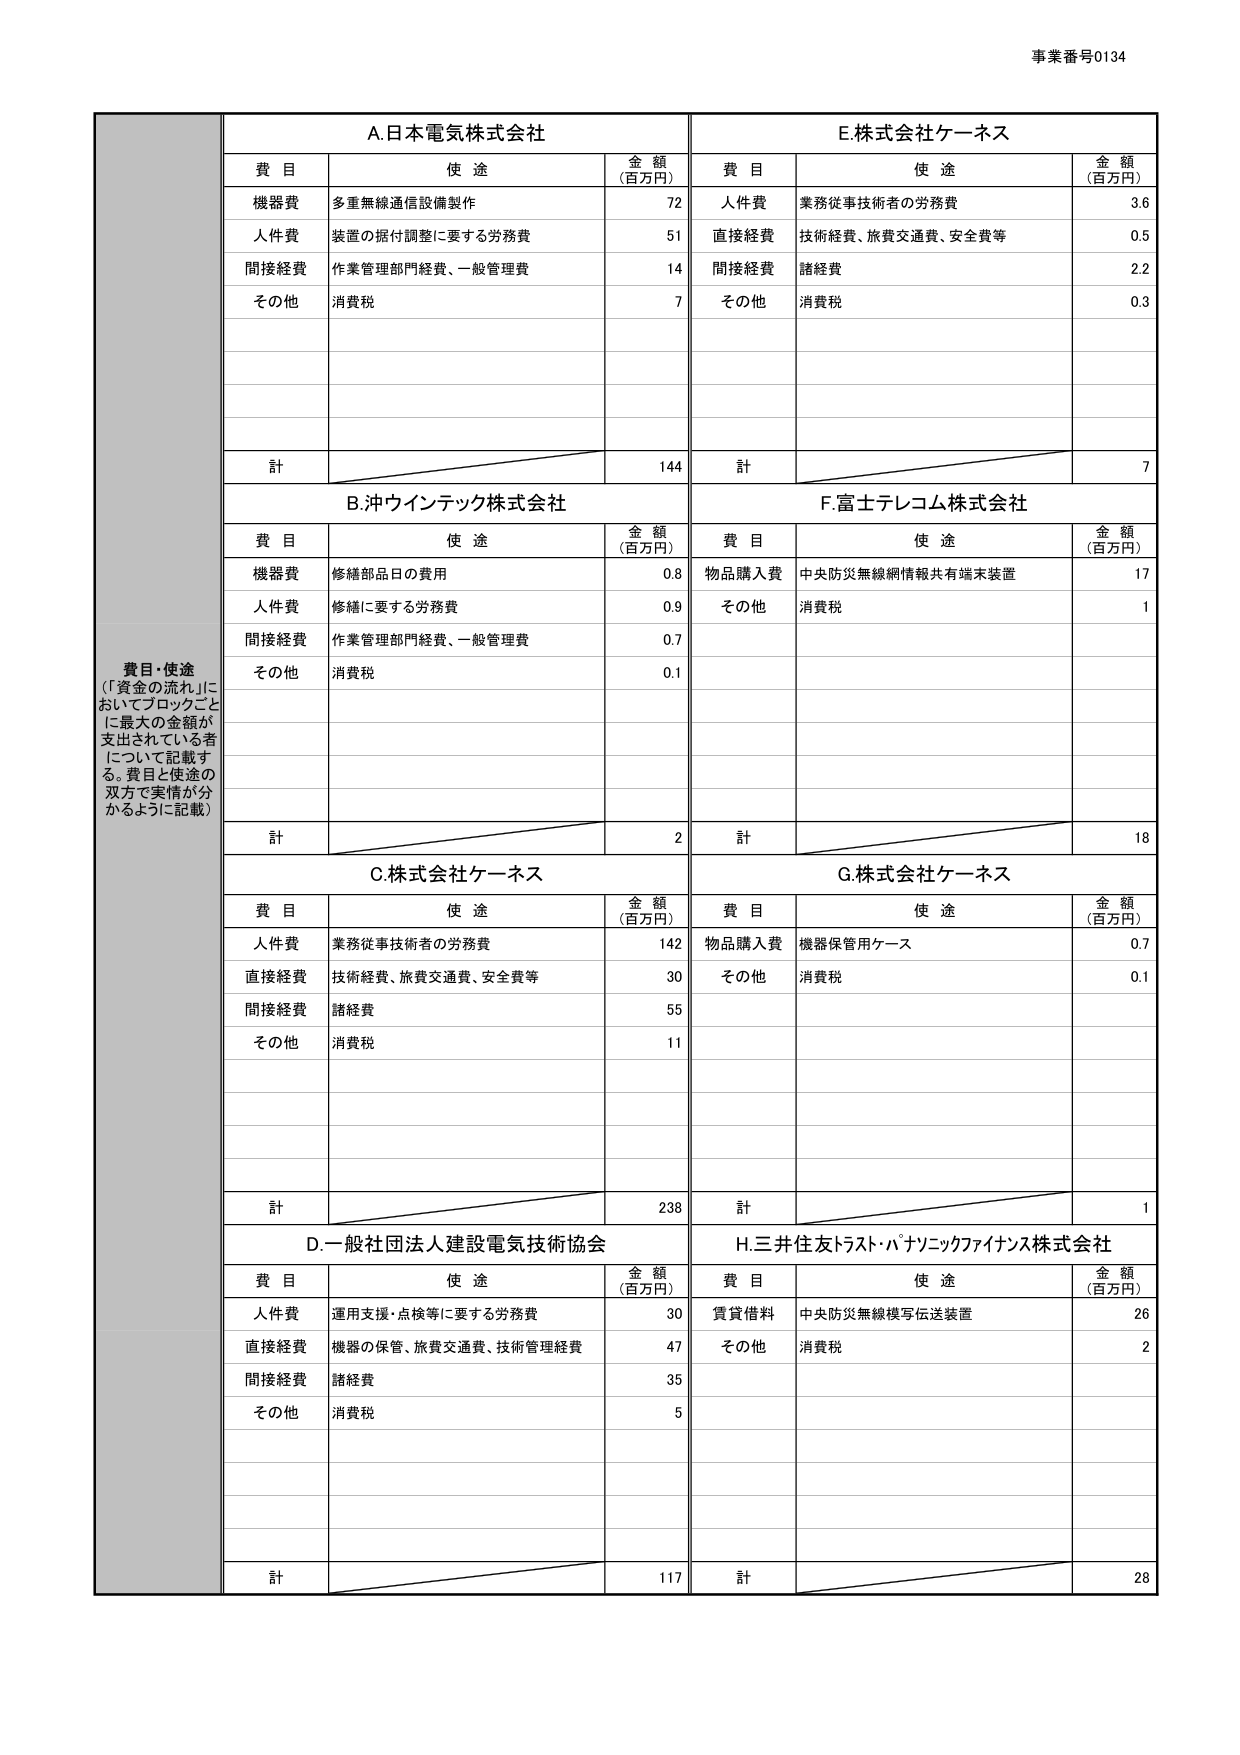
事業番号0134

費目・使途
（「資金の流れ」に
おいてブロックごと
に最大の金額が
支出されている者
について記載す
る。費目と使途の
双方で実情が分
かるように記載）

A.日本電気株式会社
費目　　　　　　使途　　　　　　　　　　金額（百万円）
機器費　　　多重無線通信設備製作　　　　　　72
人件費　　　装置の据付調整に要する労務費　　51
間接経費　　作業管理部門経費、一般管理費　　14
その他　　　消費税　　　　　　　　　　　　　7
計　　　　　　　　　　　　　　　　　　　　144

B.沖ウインテック株式会社
費目　　　　　　使途　　　　　　　　　　金額（百万円）
機器費　　　修繕部品日の費用　　　　　　　　0.8
人件費　　　修繕に要する労務費　　　　　　0.9
間接経費　　作業管理部門経費、一般管理費　　0.7
その他　　　消費税　　　　　　　　　　　　　0.1
計　　　　　　　　　　　　　　　　　　　　　2

C.株式会社ケーエス
費目　　　　　　使途　　　　　　　　　　金額（百万円）
人件費　　　業務従事技術者の労務費　　　　142
直接経費　　技術経費、旅費交通費、安全費等　30
間接経費　　諸経費　　　　　　　　　　　　55
その他　　　消費税　　　　　　　　　　　　11
計　　　　　　　　　　　　　　　　　　　　238

D.一般社団法人建設電気技術協会
費目　　　　　　使途　　　　　　　　　　金額（百万円）
人件費　　　運用支援・点検等に要する労務費　30
直接経費　　機器の保管、旅費交通費、技術管理経費　47
間接経費　　諸経費　　　　　　　　　　　　35
その他　　　消費税　　　　　　　　　　　　5
計　　　　　　　　　　　　　　　　　　　　117

E.株式会社ケーエス
費目　　　　　　使途　　　　　　　　　　金額（百万円）
人件費　　　業務従事技術者の労務費　　　　3.6
直接経費　　技術経費、旅費交通費、安全費等　0.5
間接経費　　諸経費　　　　　　　　　　　　2.2
その他　　　消費税　　　　　　　　　　　　0.3
計　　　　　　　　　　　　　　　　　　　　7

F.富士テレコム株式会社
費目　　　　　　使途　　　　　　　　　　金額（百万円）
物品購入費　中央防災無線網情報共有端末装置　17
その他　　　消費税　　　　　　　　　　　　　1
計　　　　　　　　　　　　　　　　　　　　18

G.株式会社ケーエス
費目　　　　　　使途　　　　　　　　　　金額（百万円）
物品購入費　機器保管用ケース　　　　　　　0.7
その他　　　消費税　　　　　　　　　　　　0.1
計　　　　　　　　　　　　　　　　　　　　1

H.三井住友トラスト・パナソニックファイナンス株式会社
費目　　　　　　使途　　　　　　　　　　金額（百万円）
賃貸借料　　中央防災無線模写伝送装置　　　26
その他　　　消費税　　　　　　　　　　　　2
計　　　　　　　　　　　　　　　　　　　　28